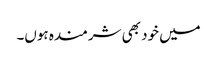
میں خود بھی شرمندہ ہوں۔